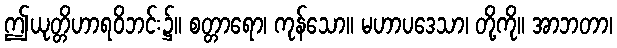
ဤယုတ္တိဟာရဝိဘင်း၌။ စတ္တာရော၊ ကုန်သော။ မဟာပဒေသာ၊ တို့ကို။ အာဘတာ၊